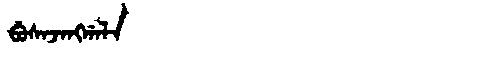
Manchu: ᠪᡠᠰᠠᠵᠠᠩᡤᠠᠯᠠ
Romanization: BUSAJANGGALA